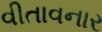
વીતાવનાર